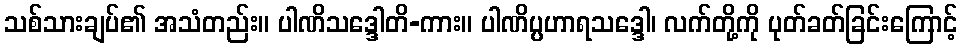
သစ်သားချပ်၏ အသံတည်း။ ပါဏိသဒ္ဒေါတိ-ကား။ ပါဏိပ္ပဟာရသဒ္ဒေါ၊ လက်တို့ကို ပုတ်ခတ်ခြင်းကြောင့်